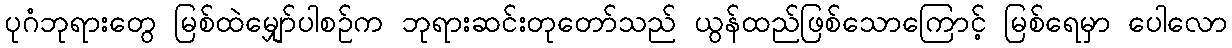
ပုဂံဘုရားတွေ မြစ်ထဲမျှော်ပါစဉ်က ဘုရားဆင်းတုတော်သည် ယွန်ထည်ဖြစ်သောကြောင့် မြစ်ရေမှာ ပေါလော